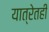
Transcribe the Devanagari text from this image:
यात्रेतही